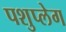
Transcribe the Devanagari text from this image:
पशुप्लेग